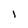
Character: 1